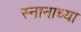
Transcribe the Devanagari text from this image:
स्नानाच्या